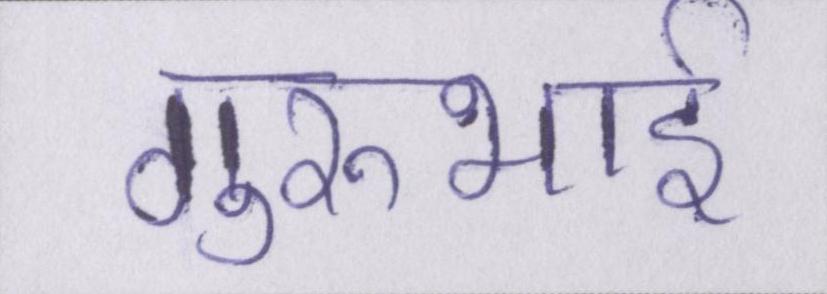
गुरुभाई